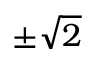
\pm { \sqrt { 2 } }